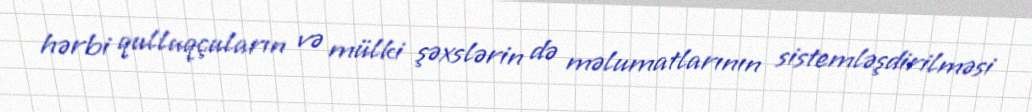
hərbi qulluqçuların və mülki şəxslərin də məlumatlarının sistemləşdirilməsi